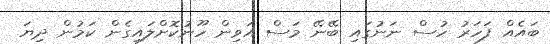
ބައެއް ފަހަރު ހުސް ނަނުގައި ބޭނޭ މަސް އަވިން ހޫނުކޮށްލައިގެން ކަމުން ދިޔަ